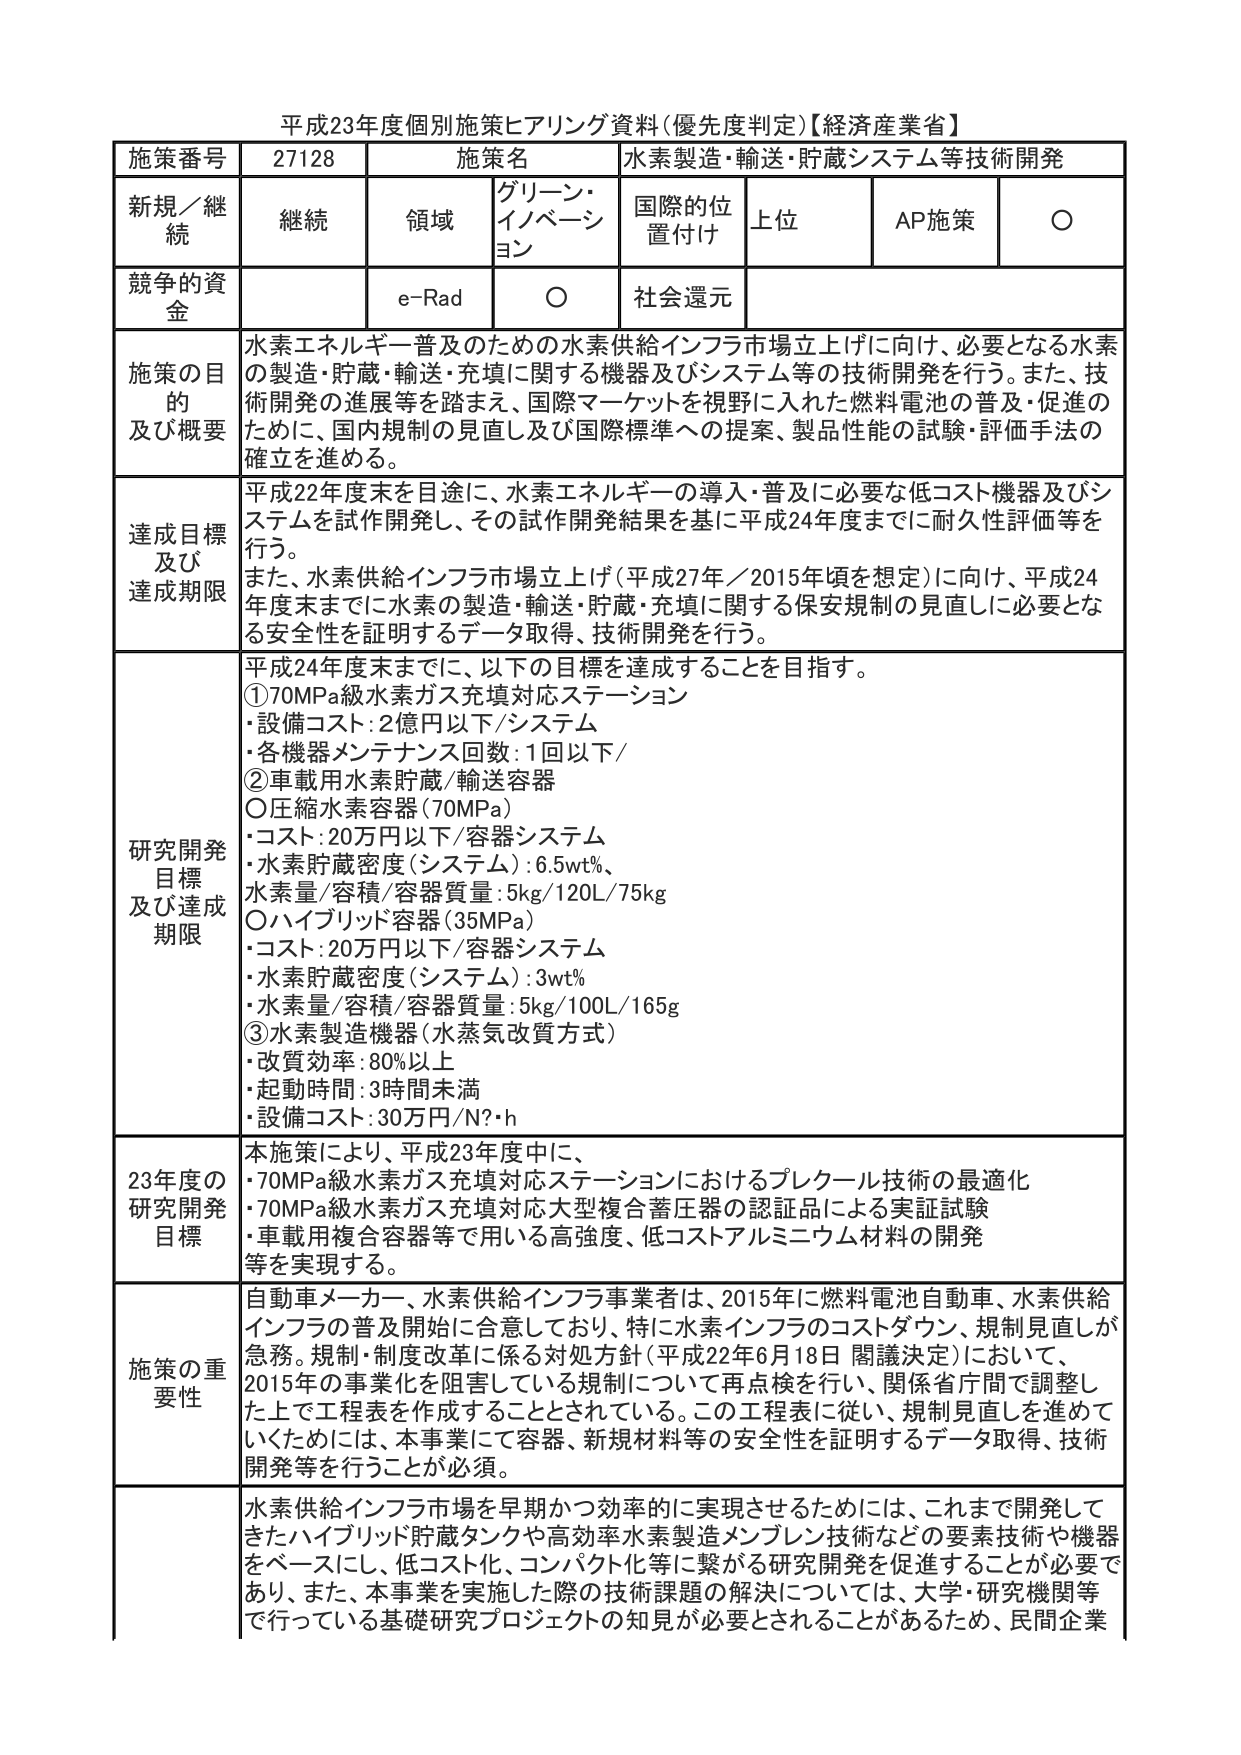
平成23年度個別施策ヒアリング資料(優先度判定)【経済産業省】

施策番号 27128 施策名 水素製造・輸送・貯蔵システム等技術開発
新規／継続 継続 領域 グリーン・イノベーション 国際的位置付け 上位 AP施策 ○
競争的資金 e-Rad ○ 社会還元

施策の目的及び概要
水素エネルギー普及のための水素供給インフラ市場立上げに向け、必要となる水素の製造・貯蔵・輸送・充填に関する機器及びシステム等の技術開発を行う。また、技術開発の進展等を踏まえ、国際マーケットを視野に入れた燃料電池の普及・促進のために、国内規制の見直し及び国際標準への提案、製品性能の試験・評価手法の確立を進める。

達成目標及び達成期限
平成22年度末を目途に、水素エネルギーの導入・普及に必要な低コスト機器及びシステムを試作開発し、その試作開発結果を基に平成24年度までに耐久性評価等を行う。
また、水素供給インフラ市場立上げ（平成27年／2015年頃を想定）に向け、平成24年度末までに水素の製造・貯蔵・輸送・充填に関する保安規制の見直しに必要となる安全性を証明するデータ取得、技術開発を行う。

研究開発目標及び達成期限
平成24年度末までに、以下の目標を達成することを目指す。
①70MPa級水素ガス充填対応ステーション
・設備コスト：2億円以下／システム
・各機器メンテナンス回数：1回以下／
②車載用水素貯蔵/輸送容器
○圧縮水素容器（70MPa）
・コスト：20万円以下／容器システム
・水素貯蔵密度（システム）：6.5wt%、
・水素量／容積／容器質量：5kg／120L／75kg
○ハイブリッド容器（35MPa）
・コスト：20万円以下／容器システム
・水素貯蔵密度（システム）：3wt%
・水素量／容積／容器質量：5kg／100L／165g
③水素製造機器（水蒸気改質方式）
・改質効率：80%以上
・起動時間：3時間未満
・設備コスト：30万円／N?・h

23年度の研究開発目標
本施策により、平成23年度中に、
・70MPa級水素ガス充填対応ステーションにおけるプレクール技術の最適化
・70MPa級水素ガス充填対応大型複合蓄圧器の認証品による実証試験
・車載用複合容器等で用いる高強度、低コストアルミニウム材料の開発
等を実現する。

施策の重要性
自動車メーカー、水素供給インフラ事業者は、2015年に燃料電池自動車、水素供給インフラの普及開始に合意しており、特に水素インフラのコストダウン、規制見直しが急務。規制・制度改革に係る対処方針（平成22年6月18日 閣議決定）において、2015年の事業化を阻害している規制について再点検を行い、関係省庁間で調整した上で工程表を作成することとされている。この工程表に従い、規制見直しを進めていくためには、本事業にて容器、新規材料等の安全性を証明するデータ取得、技術開発等を行うことが必須。

水素供給インフラ市場を早期かつ効率的に実現させるためには、これまで開発してきたハイブリッド貯蔵タンクや高効率水素製造メンブレン技術などの要素技術や機器をベースにし、低コスト化、コンパクト化等に繋がる研究開発を促進することが必要であり、また、本事業を実施した際の技術課題の解決については、大学・研究機関等で行っている基礎研究プロジェクトの知見が必要とされることがあるため、民間企業